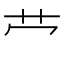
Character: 𫇦